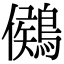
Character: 𪃶